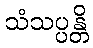
သံသပ္ပန္တိ